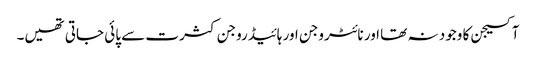
آکسیجن کا وجود نہ تھا اور نائٹروجن اور ہائیڈروجن کثرت سے پائی جاتی تھیں۔